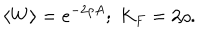
LaTeX: \langle W \rangle = e ^ { - 2 \rho A } ; \; K _ { F } = 2 \rho .